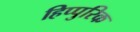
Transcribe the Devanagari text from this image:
हिप्पुरिक